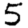
Digit: 5